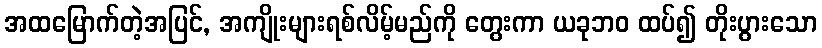
အထမြောက်တဲ့အပြင်, အကျိုးများရစ်လိမ့်မည်ကို တွေးကာ ယခုဘဝ ထပ်၍ တိုးပွားသော